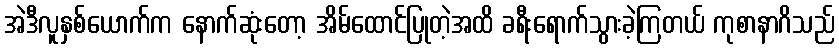
အဲဒီလူနှစ်ယောက်က နောက်ဆုံးတော့ အိမ်ထောင်ပြုတဲ့အထိ ခရီးရောက်သွားခဲ့ကြတယ် ကုစာနာဂိသည်